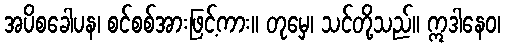
အပိစခေါပန၊ စင်စစ်အားဖြင့်ကား။ တုမှေ၊ သင်တို့သည်။ ဣဒါနေဝ၊